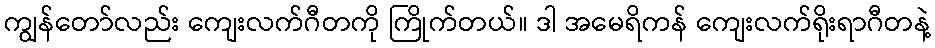
ကျွန်တော်လည်း ကျေးလက်ဂီတကို ကြိုက်တယ်။ ဒါ အမေရိကန် ကျေးလက်ရိုးရာဂီတနဲ့